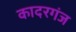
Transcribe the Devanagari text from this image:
कादरगंज